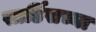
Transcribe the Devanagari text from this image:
सार्डिसच्या